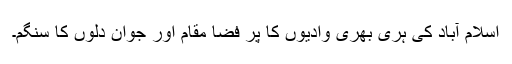
اسلام آباد کی ہری بھری وادیوں کا پر فضا مقام اور جوان دلوں کا سنگم۔